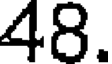
48.